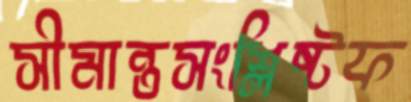
সীমান্তসংশ্লিষ্টফ